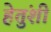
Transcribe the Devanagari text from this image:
हेतुंशी